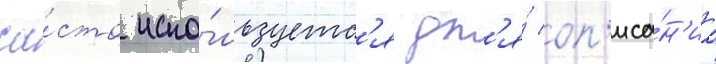
ча́сто испо́льзуетс'я дл'я́ оп'иса́н'иа